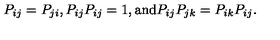
P _ { i j } = P _ { j i } , P _ { i j } P _ { i j } = 1 , \mathrm { a n d } P _ { i j } P _ { j k } = P _ { i k } P _ { i j } .